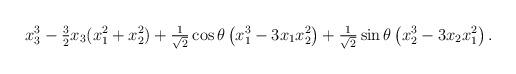
LaTeX: \begin{align*}x_{3}^{3} - \tfrac{3}{2}x_{3}(x_{1}^{2} + x_{2}^{2}) + \tfrac{1}{\sqrt{2}}\cos \theta \left(x_{1}^{3} - 3x_{1}x_{2}^{2}\right)+\tfrac{1}{\sqrt{2}}\sin \theta \left(x_{2}^{3} - 3x_{2}x_{1}^{2}\right).\end{align*}